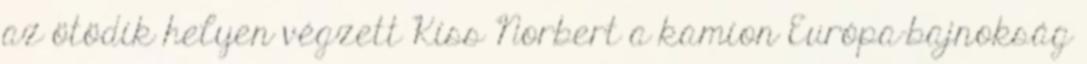
az ötödik helyen végzett Kiss Norbert a kamion Európa-bajnokság